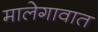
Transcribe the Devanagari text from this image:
मालेगावात